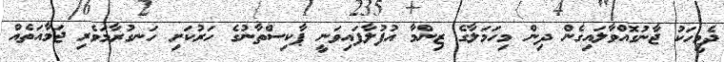
ދެމީހަކު ޖާނުގޮއްވާލައިގެން ދިން މިހަމަލާގެ ޒިންމާ އުފުލާފައިވަނީ ޕާކިސްތާނުގެ ހަރުކަށި ހަނގުރާމަވެރި ޖަމާއަތެއް